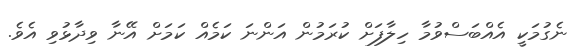
ނެގުމަކީ އެއްބަސްވުމާ ހިލާފަށް ކުރަމުން އަންނަ ކަމެއް ކަމަށް އޭނާ ވިދާޅުވި އެވެ.